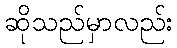
ဆိုသည်မှာလည်း